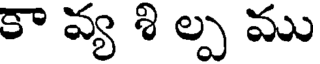
కా వ్య శి ల్ప ము